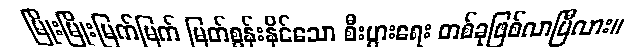
မြိုးမြိုးမြက်မြက် မြတ်စွန်းနိုင်သော စီးပွားရေး တစ်ခုဖြစ်လာပြီလား။